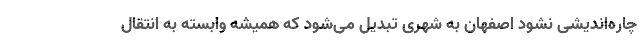
چاره‌اندیشی نشود اصفهان به شهری تبدیل می‌شود که همیشه وابسته به انتقال